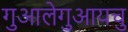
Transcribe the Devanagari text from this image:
गुआलेगुआयचु